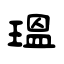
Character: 瑥